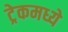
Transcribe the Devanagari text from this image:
ट्रेकमध्ये